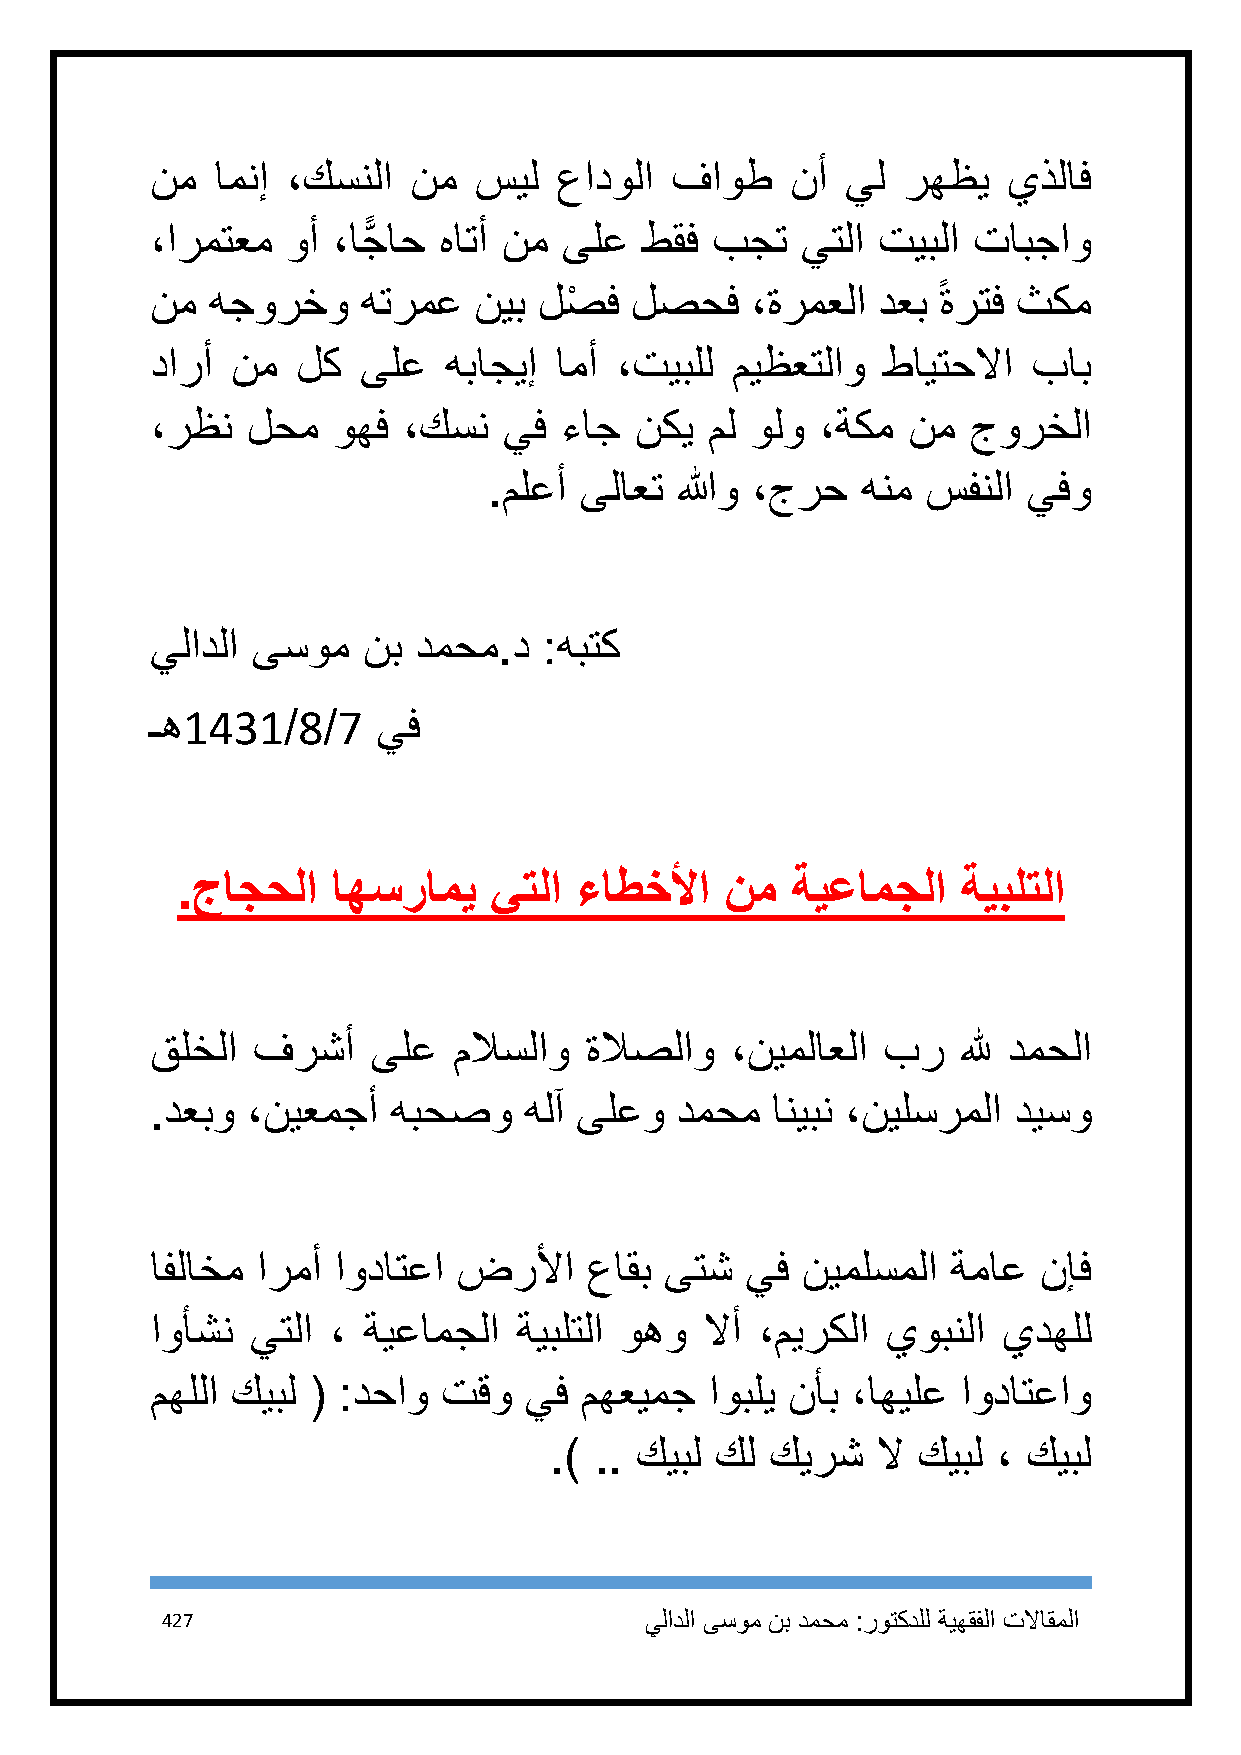
نم  امنإ ،كسنلا  نم  سيل   عادولا فاوط    نأ  يل  رهظي   يذلاف
 ،ارمتعم  وأ ،اجًّ اح هاتأ نم ىلع طقف بجت   يتلا تيبلا تابجاو
 نم  هجورخو    هترمع  نيب  لصْ ف لصحف    ،ةرمعلا دعب ً ةرتف ثكم
 دارأ نم   لك  ىلع  هباجيإ  امأ ،تيبلل ميظعتلاو  طايتحلاا  باب
 ،رظن  لحم   وهف  ،كسن  يف  ءاج  نكي  مل ولو ،ةكم  نم  جورخلا
 .ملعأ ىلاعت  اللهو ،جرح  هنم سفنلا  يفو
 يلادلا ىسوم   نب دمحم.د   :هبتك
 ـه1431/8/7     يف
 .جاجحلا   اهسرامي   يتلا  ءاطخلأا   نم  ةيعامجلا    ةيبلتلا
 قلخلا  فرشأ    ىلع  ملاسلاو  ةلاصلاو  ،نيملاعلا بر    لله دمحلا
 .دعبو ،نيعمجأ   هبحصو    هلآ ىلعو  دمحم  انيبن ،نيلسرملا ديسو
 افلاخم ارمأ اوداتعا ضرلأا    عاقب ىتش  يف  نيملسملا  ةماع  نإف
 اوأشن  يتلا ، ةيعامجلا  ةيبلتلا وهو  لاأ ،ميركلا يوبنلا يدهلل
 مهللا كيبل ( :دحاو تقو   يف مهعيمج   اوبلي نأب ،اهيلع اوداتعاو
 .) .. كيبل كل  كيرش   لا كيبل ، كيبل
 427                             يلادلا ىسوم نب دمحم :روتكدلل ةيهقفلا تلااقملا